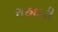
રાહદારી